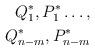
LaTeX: \begin{align*}{Q}^{\ast}_1, {P}^{\ast}_1 \dots , \\{Q}^{\ast}_{n-m}, {P}^{\ast}_{n-m}\end{align*}